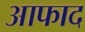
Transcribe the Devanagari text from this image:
आफाद